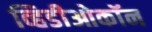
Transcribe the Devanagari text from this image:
व्हिडीओकॉन